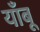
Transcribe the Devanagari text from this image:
याँबू